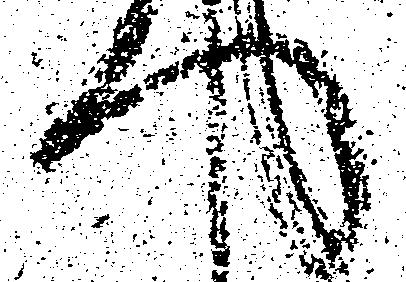
へ